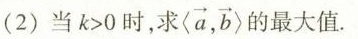
(2)当$$k > 0$$时，求<\overrightarrow{a}, \overrightarrow{b}>的最大值.